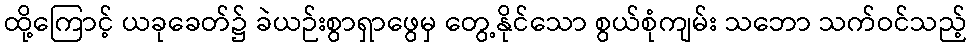
ထို့ကြောင့် ယခုခေတ်၌ ခဲယဉ်းစွာရှာဖွေမှ တွေ့နိုင်သော စွယ်စုံကျမ်း သဘော သက်ဝင်သည့်